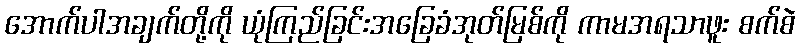
အောက်ပါအချက်တို့ကို ယုံကြည်ခြင်းအခြေခံအုတ်မြစ်ကို ကာမအရသာဖူး စက်စဲ